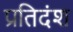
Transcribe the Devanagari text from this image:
प्रतिदंश